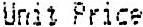
UNIT PRICE